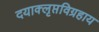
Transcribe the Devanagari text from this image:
दयाक्लृप्तविग्रहाय